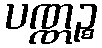
ပဏ္ဏဉ္စ